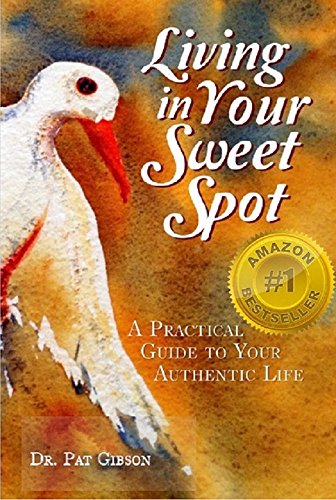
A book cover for Living In Your Sweet Spot: A Practical Guide to Your Authentic Life; Dr. Pat Gibson; Health, Fitness & Dieting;